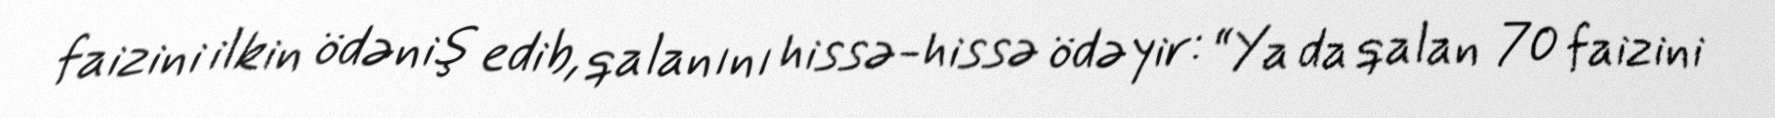
faizini ilkin ödəniş edib, qalanını hissə-hissə ödəyir: “Ya da qalan 70 faizini